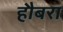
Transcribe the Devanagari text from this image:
हौबरा